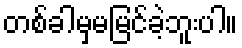
တစ်ခါမှမမြင်ခဲ့ဘူးပါ။